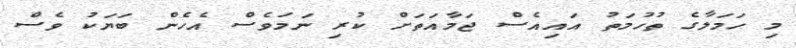
މި ހަމަލާގެ ތުހުމަތު އައިއެސް ޖަމާއަތަށް ކުރި ނަމަވެސް އެހެން ބަޔަކު ވެސް